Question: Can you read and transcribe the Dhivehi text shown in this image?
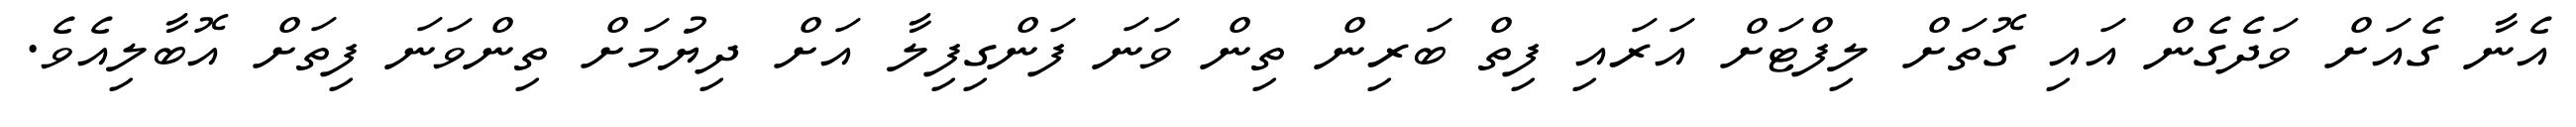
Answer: އެނާ ގެއަށް ވަދެގެން އައި ގޮތަށް ލިފްޓަށް އަރައި ފިތް ބަރިން ތިން ވަނަ ފަންގިފިލާ އަށް ދިޔުމަށް ތިންވަނަ ފިތަށް އޮބާލިއެވެ.